Plague in India, 1896, 1897 - Volume 3
Year: 1896
Disease focus: Plague
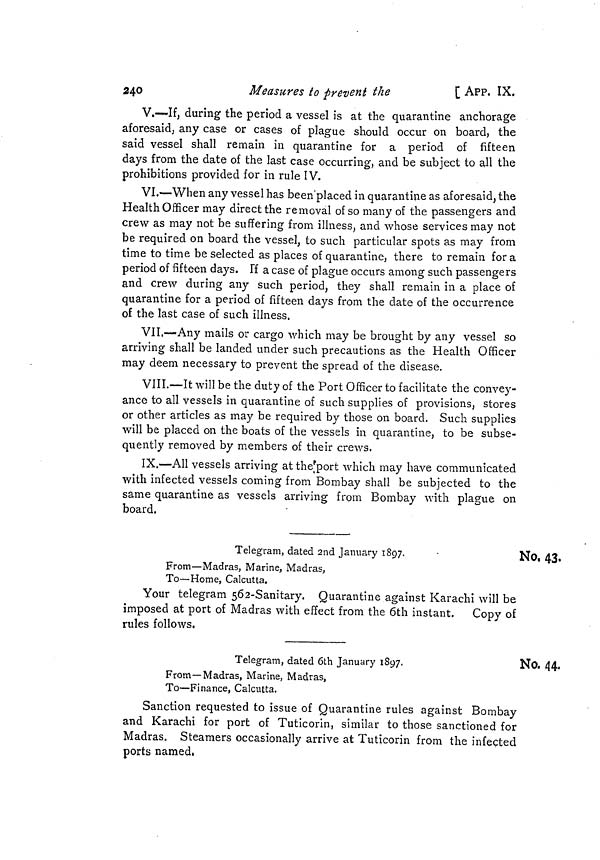
240
Measures to prevent the
[ APP. IX.
V.—If, during the period a vessel is at the quarantine anchorage
aforesaidj any case or cases of plague should occur on board, the
said vessel shall remain in quarantine for a period of fifteen
days from the date of the last case occurring, and be subject to all the
prohibitions provided for in rule IV.
VI.—When any vessel has been'placed in quarantine as aforesaid, the
Health Officer may direct the removal of so many of the passengers and
crew as may not be suffering from illness, and whose services may not
be required on board the vessel, to such particular spots as may from
time to time be selected as places of quarantine, there to remain for a
period of fifteen days. If a case of plague occurs among such passengers
and crew during any such period, they shall remain in a place of
quarantine for a period of fifteen days from the date of the occurrence
of the last case of such illness.
VII.—Any mails or cargo which may be brought by any vessel so
arriving shall be landed under such precautions as the Health Officer
may deem necessary to prevent the spread of the disease.
VIII.—It will be the duty of the Port Officer to facilitate the convey-
ance to all vessels in quarantine of such supplies of provisions, stores
or other articles as may be required by those on board. Such supplies
will be placed on the boats of the vessels in quarantine, to be subse-
quently removed by members of their crews.
IX.—All vessels arriving at the'port which may have communicated
with infected vessels coming from Bombay shall be subjected to the
same quarantine as vessels arriving from Bombay with plague on
board.
No. 43.
Telegram, dated 2nd January 1897.
From—Madras, Marine, Madras,
To—Home, Calcutta.
Your telegram 562-Sanitary. Quarantine against Karachi will be
imposed at port of Madras with effect from the 6th instant. Copy of
rules follows.
No. 44,
Telegram, dated 6th January 1897.
From—Madras, Marine, Madras,
To—Finance, Calcutta.
Sanction requested to issue of Quarantine rules against Bombay
and Karachi for port of Tuticorin, similar to those sanctioned for
Madras. Steamers occasionally arrive at Tuticorin from the infected
ports named.